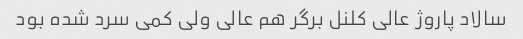
سالاد پاروژ عالی کلنل برگر هم عالی ولی کمی سرد شده بود